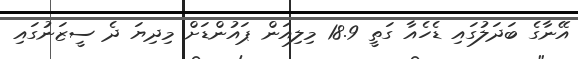
އޭނާގެ ބަދަލުގައި ޑެހެއާ ގަތީ 18.9 މިލިއަން ޕައުންޑަށް މިދިޔަ ދެ ސީޒަނުގައި